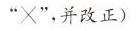
”×”，并改正)